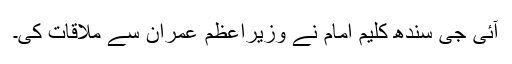
آئی جی سندھ کلیم امام نے وزیراعظم عمران سے ملاقات کی۔